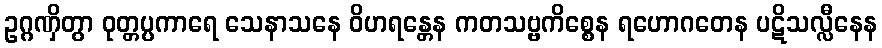
ဥဂ္ဂဏှိတွာ ဝုတ္တပ္ပကာရေ သေနာသနေ ဝိဟရန္တေန ကတသဗ္ဗကိစ္စေန ရဟောဂတေန ပဋိသလ္လီနေန